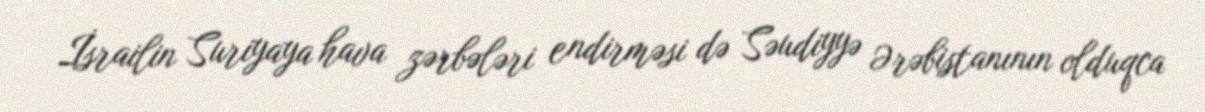
İsrailin Suriyaya hava zərbələri endirməsi də Səudiyyə Ərəbistanının olduqca